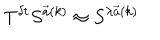
T ^ { \delta t } S ^ { { \vec { a } } ( k ) } \approx S ^ { \lambda { \vec { a } } ( k ) }